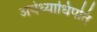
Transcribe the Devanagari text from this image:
अयेध्याधिपति